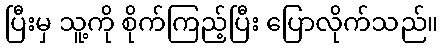
ပြီးမှ သူ့ကို စိုက်ကြည့်ပြီး ပြောလိုက်သည်။